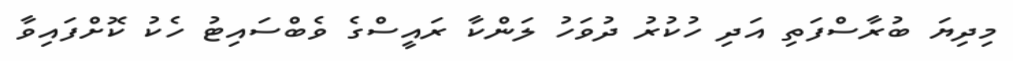
މިދިޔަ ބުރާސްފަތި އަދި ހުކުރު ދުވަހު ލަންކާ ރައީސްގެ ވެބްސައިޓު ހެކު ކޮށްފައިވާ